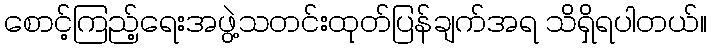
စောင့်ကြည့်ရေးအဖွဲ့သတင်းထုတ်ပြန်ချက်အရ သိရှိရပါတယ်။